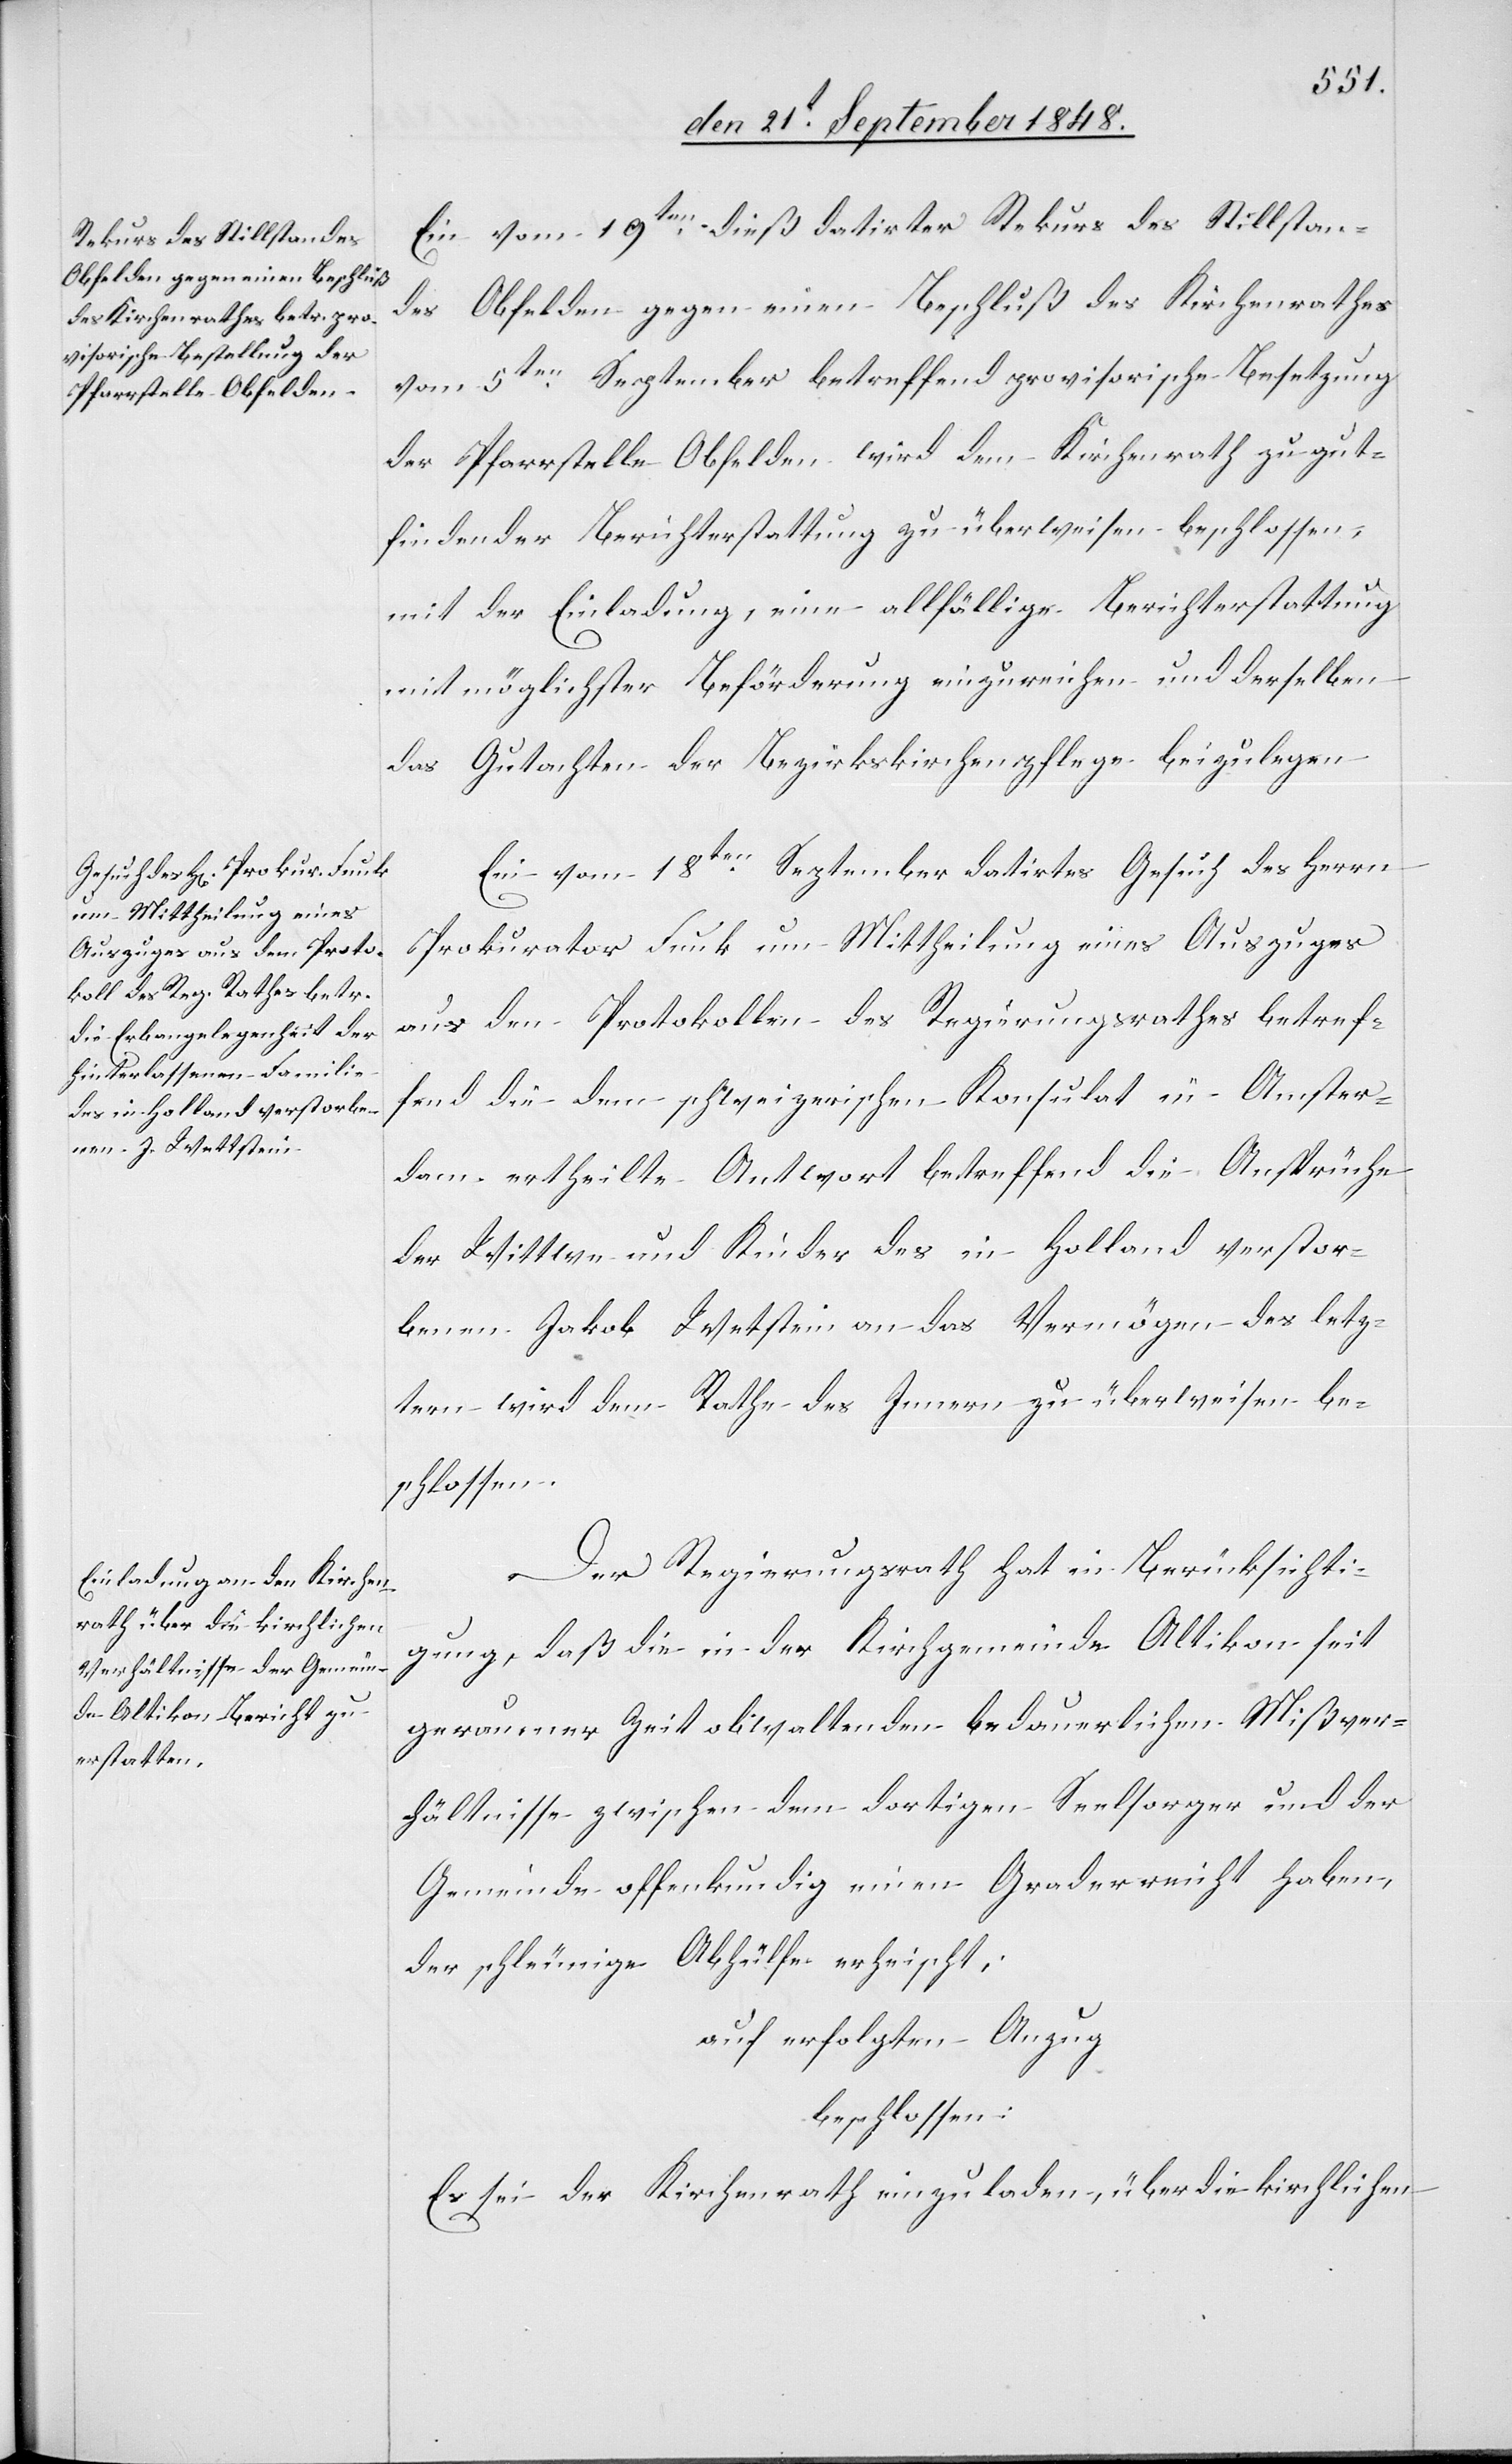
Ein vom 19ten dieß datirter Rekurs des Stillstan¬
des Obfelden gegen einen Beschluß des Kirchenrathes
vom 5ten September betreffend provisorische Besetzung
der Pfarrstelle Obfelden wird dem Kirchenrath zu gut¬
findender Berichterstattung zu überweisen beschlossen,
mit der Einladung, eine allfällige Berichterstattung
mit möglichster Beförderung einzureichen und derselben
das Gutachten der Bezirkskirchenpflege beizulegen.
Ein vom 18ten September datirtes Gesuch des Herrn
Prokurator Funk um Mittheilung eines Auszuges
aus den Protokollen des Regierungsrathes betref¬
fend die dem schweizerischen Konsulat in Amster¬
dam ertheilte Antwort betreffend die Ansprüche
der Wittwe und Kinder des in Holland verstor¬
benen Jakob Wetstein [sic!] an das Vermögen des letz¬
tern wird dem Rathe des Innern zu überweisen be¬
schlossen.
Der Regierungsrath hat in Berücksichti¬
gung, daß die in der Kirchgemeinde Altikon seit
geraumer Zeit obwaltenden bedauerlichen Mißver¬
hältnisse zwischen dem dortigen Seelsorger und der
Gemeinde offenkundig einen Grad erreicht haben,
der schleunige Abhülfe erheischt;
auf erfolgten Anzug
beschlossen:
Es sei der Kirchenrath einzuladen, über die kirchlichen